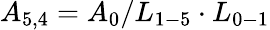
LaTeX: {A_{5,4}}={A_{0}}/{L_{1-5}}\cdot{L_{0-1}}